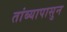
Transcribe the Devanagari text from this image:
तांब्यापासुन